Report on the lunatic asylums under the Government of Bombay - 1904-1913
Year: 1904
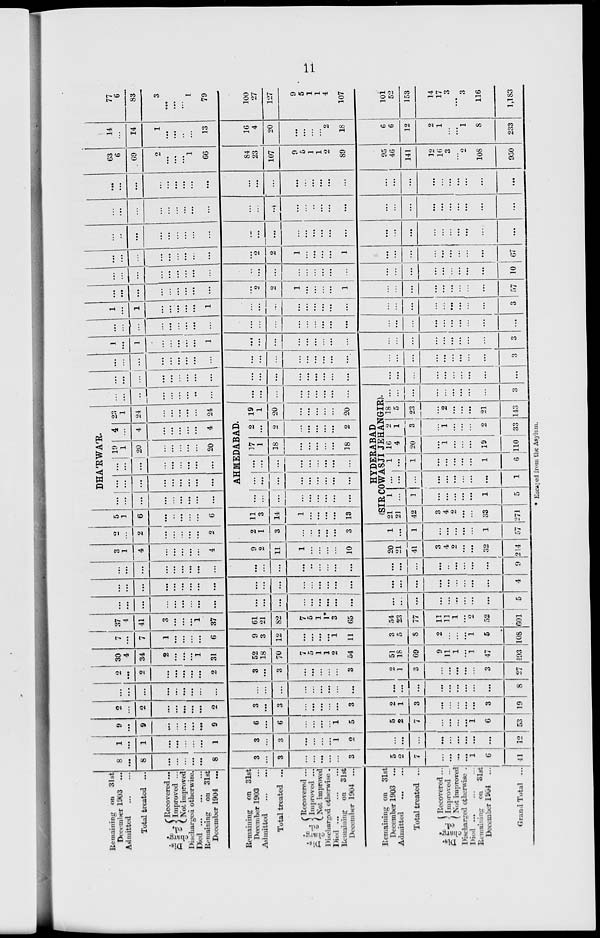
11
Remaining on 31st
December 1903 ...
Admitted ... ...
Total treated ...
Dis-
charg-
ed.
Recovered ...
Improved ...
Not improved
Discharged otherwise.
Died ... ... ...
Remaining
on 31st
December 1904 ...
Remaining on 31st
December 1903 ...
Admitted ... ...
Total treated ...
Dis-
charg-
---
Recovered ...
Improved ...
Not improved
Discharged otherwise.
Died ... ... ...
Remaining on
31st
December 1904 ...
Remaining on 31st
December 1903 ...
Admitted ... ...
Total treated ...
charg-
ed.
Recovered ...
Improved ...
Not improved
Discharged otherwise .
Died
...
...
...
Remaining on 31st
December 1904 ...
Grand Total ...
8
...
8
...
. ..
. . .
. ..
. ..
8
3
...
3
...
...
...
...
...
3
5
2
7
...
...
...
...
1
6
41
1
. ..
1
. ..
. ..
...
...
. ..
1
3
...
3
. ..
...
...
...
1
2
...
...
. ..
...
...
...
...
...
...
...
12
9
...
9
...
...
...
...
. ..
9
6
...
6
...
...
...
...
1
5
5
2
7
...
...
...
. ..
1
6
53
2
...
2
...
...
...
...
2
3
. ..
3
...
. ..
. ..
. ..
...
3
2
1
3
...
...
...
...
3
19
...
...
...
. ..
...
...
...
. . .
...
...
...
...
...
...
...
. ..
...
. ..
. ..
...
...
. ..
. ..
...
...
...
...
8
2
. ..
2
. ..
. ..
. ..
. ..
. ..
2
3
...
3
...
. ..
...
...
...
3
2
1
3
...
...
...
...
...
3
27
30
4
34
2
. ..
. ..
. ..
1
31
52
18
70
7
5
1
1
2
64
51
18
69
9
11
1
. . .
1
47
493
7
. . .
7
1
...
...
...
...
6
9
3
12
...
...
...
. ..
1
11
3
5
8
2
...
...
...
1
5
108
37
4
41
3
. ..
...
. ..
1
37
61
21
82
7
5
1
1*
3
65
54
23
77
11
11
1
...
2
52
601
. ..
. ..
. ..
...
...
. ..
. . .
. ..
. ..
. ..
. ..
...
...
. ..
. ..
. ..
. ..
...
...
...
...
...
...
...
. . .
...
. ..
5
. ..
. . .
...
. ..
. ..
. ..
...
. ..
. ..
...
. ..
...
...
...
. ..
. . .
. ..
. ..
. ..
...
...
...
...
...
...
. ..
...
4
...
...
...
...
...
...
...
...
...
...
...
...
. ..
...
...
...
...
...
...
...
...
...
...
...
...
...
...
9
3
1
4
...
...
...
. ..
. ..
4
9
2
11
1
...
...
...
...
10
20
21
41
3
4
2
. ..
...
32
214
2
...
2
. ..
. . .
. . .
. ..
...
2
2
1
3
...
...
. ..
. ..
. ..
3
1
. ..
1
...
. ..
. ..
...
...
1
57
5
1
6
...
...
...
...
...
6
11
3
14
1
...
...
. ..
...
13
DHA'RWA'R.
...
. ..
. ..
. ..
...
. . .
. ..
. ..
...
. ..
...
. . .
. ..
. ..
. ..
...
...
. ..
...
...
...
...
...
...
. ..
...
...
19
1
20
...
...
...
...
...
20
4
...
4
...
. ..
...
...
. ..
4
23
1
24
...
...
. ..
...
...
24
AHMEDABAD.
. ..
...
...
...
. ..
. ..
...
. ..
...
...
. ..
...
. . .
...
. ..
...
. ..
...
. ..
...
...
. ..
...
...
. ..
. ..
...
17
1
18
...
...
...
...
. ..
18
2
...
2
...
...
. ..
...
...
2
19
1
20
...
...
...
...
...
20
...
...
...
...
...
...
...
...
...
...
...
...
...
...
...
...
...
...
HYDERABAD
(SIR COWASJI JEHANGIR).
21
21
42
3
4
2
...
...
33
271
l
...
1
...
...
. . .
...
. ..
1
5
...
...
...
. ..
...
. ..
...
...
. ..
1
1
...
1
...
...
...
...
...
1
6
16
4
20
. . .
1
...
...
...
19
110
2
1
3
...
1
...
. ..
...
2
33
18
5
23
...
2
. ..
. . .
. ..
21
143
...
...
...
...
...
...
...
...
...
3
...
...
...
. ..
. ..
. . .
. . .
. ..
...
. . .
...
. ..
...
. ..
...
. ..
. . .
...
...
...
...
...
. . .
...
...
...
...
...
...
...
...
. ..
...
...
...
. ..
...
. ..
...
...
...
...
...
...
...
...
...
...
...
...
. ..
. . .
...
. . .
...
3
1
. ..
1
...
...
. ..
. ..
. ..
1
...
...
...
...
...
...
...
...
...
...
...
...
...
...
...
...
...
...
3
. . .
...
...
...
...
...
. ..
. ..
...
...
...
...
...
...
. ..
. ..
...
...
. . .
...
...
...
...
...
...
...
...
1
...
1
...
...
. ..
. ..
. ..
1
...
...
...
. . .
...
. ..
. ..
. ..
...
...
...
...
...
. . .
. ..
...
. . .
...
3
...
...
...
...
...
...
...
...
...
...
2
2
1
...
...
. . .
...
1
...
...
...
...
. . .
. . .
. ..
...
...
57
...
...
...
...
...
...
...
...
...
...
...
...
...
. . .
...
. ..
. ..
...
...
...
...
...
...
...
...
...
...
10
. ..
...
...
. ..
...
...
. ..
. . .
...
...
2
2
1
...
. . .
...
. ..
1
. ..
...
...
...
...
...
...
...
...
67
...
..
. ..
...
...
...
...
...
...
...
. ..
. ..
...
. ..
. ..
. . .
. ..
...
...
...
...
...
...
...
...
...
...
...
...
...
...
...
...
...
...
...
...
...
...
...
...
...
..
...
...
...
...
...
...
...
...
...
...
...
...
...
. ..
. . .
...
...
. . .
. ..
. . .
. . .
. ..
...
...
...
...
. . .
...
...
...
...
...
...
...
. ..
...
...
...
...
...
...
63
6
69
2
...
...
...
1
66
84
23
107
9
5
1
1
2
89
95
46
141
12
16
3
...
2
108
950
14
...
14
1
...
...
..
...
13
16
4
20
...
...
...
...
2
18
6
6
12
2
1
...
...
1
8
233
77
6
83
3
...
. ..
...
1
79
100
27
127
9
5
1
1
4
107
101
52
153
14
17
3
...
3
116
1,1 83
* Escaped from the Asylum.